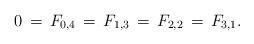
LaTeX: \begin{align*}0\,=\,F_{0,4}\,=\,F_{1,3}\,=\,F_{2,2}\,=\,F_{3,1}.\end{align*}